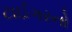
ટાઈગરનો